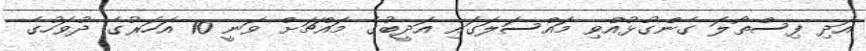
އަދި ފިސްތޯލަ ގެންގުޅުއްވި މައްސަލަގައި އަދީބުގެ މައްޗަށް ވަނީ 10 އަހަރުގެ ދުވަހުގެ